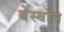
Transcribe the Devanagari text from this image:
बेस्बॉल